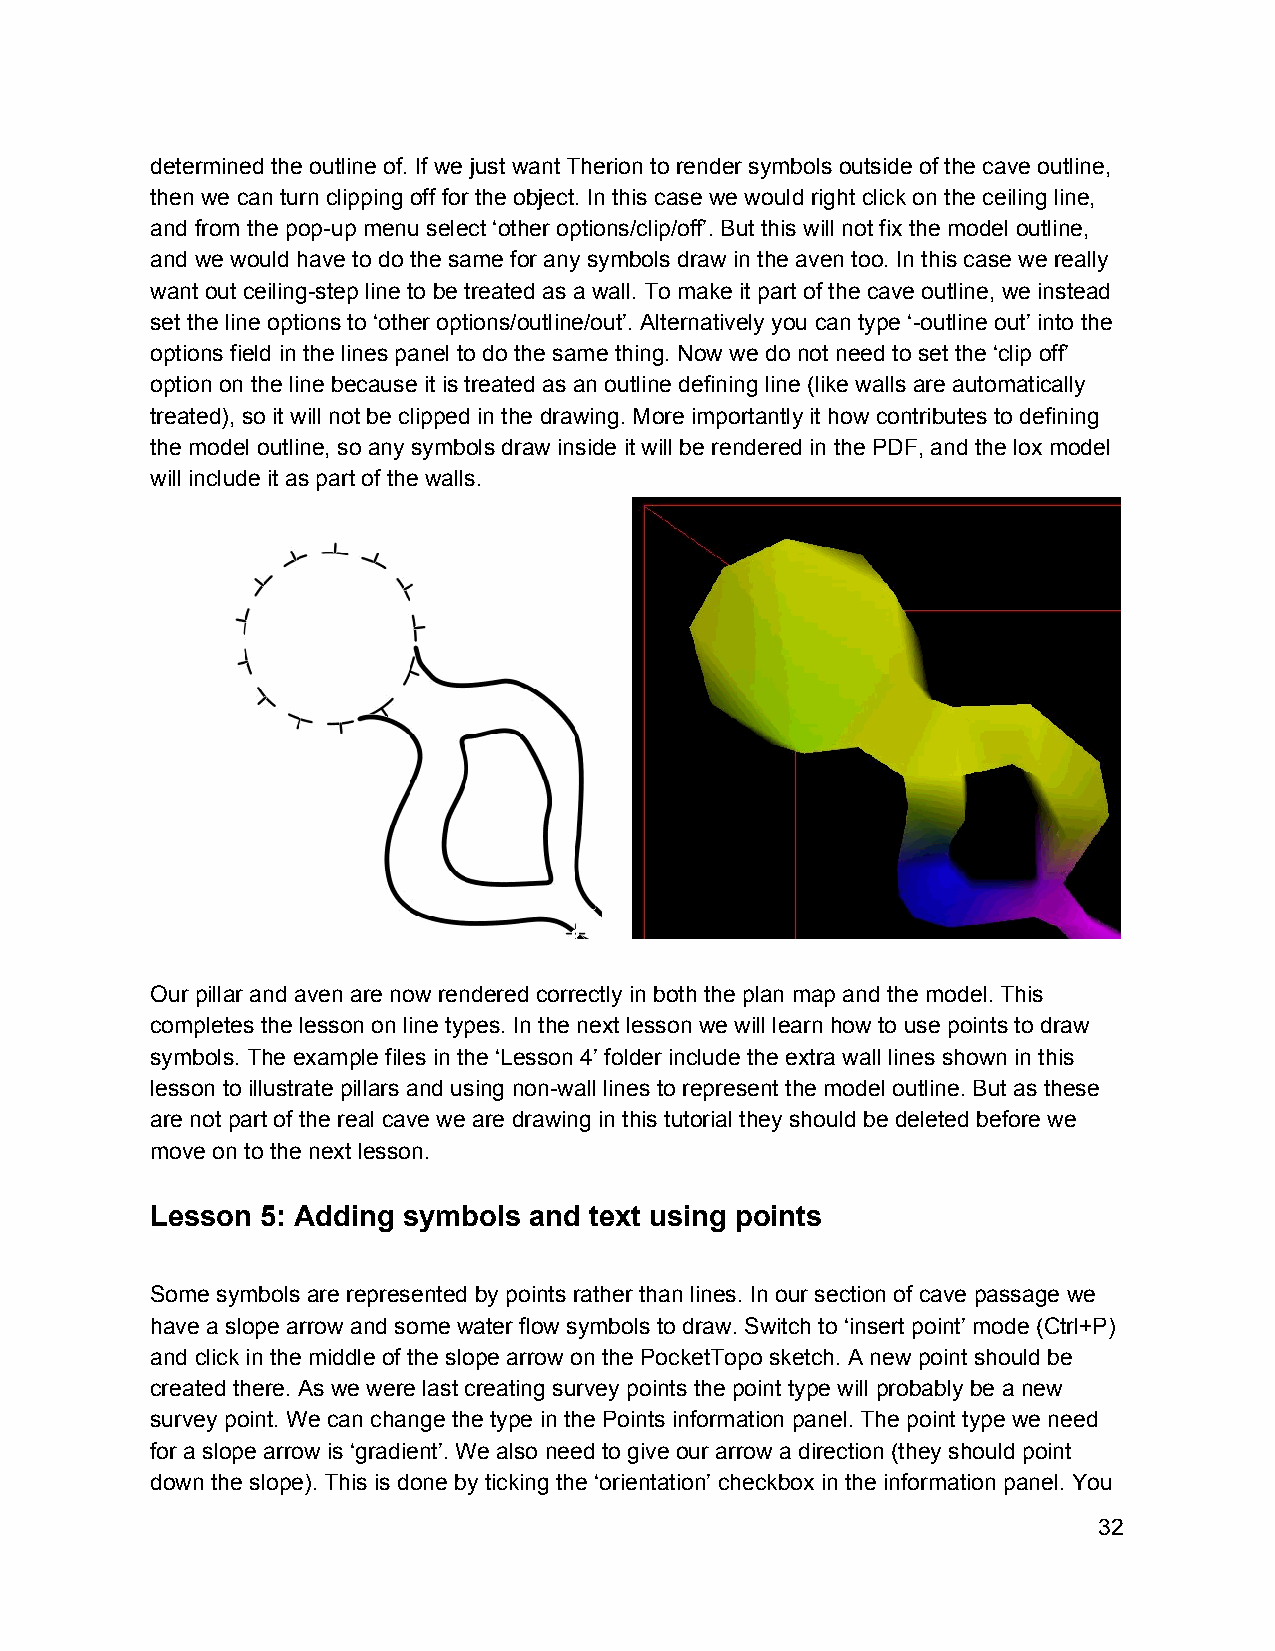
determined the outline of. If we just want Therion to render symbols outside of the cave outline,
 then we can turn clipping off for the object. In this case we would right click on the ceiling line,
 and from the pop­up menu select ‘other options/clip/off’. But this will not fix the model outline,
 and we would have to do the same for any symbols draw in the aven too. In this case we really
 want out ceiling­step line to be treated as a wall. To make it part of the cave outline, we instead
 set the line options to ‘other options/outline/out’. Alternatively you can type ‘­outline out’ into the
 options field in the lines panel to do the same thing. Now we do not need to set the ‘clip off’
 option on the line because it is treated as an outline defining line (like walls are automatically
 treated), so it will not be clipped in the drawing. More importantly it how contributes to defining
 the model outline, so any symbols draw inside it will be rendered in the PDF, and the lox model
 will include it as part of the walls.
 Our pillar and aven are now rendered correctly in both the plan map and the model. This
 completes the lesson on line types. In the next lesson we will learn how to use points to draw
 symbols. The example files in the ‘Lesson 4’ folder include the extra wall lines shown in this
 lesson to illustrate pillars and using non­wall lines to represent the model outline. But as these
 are not part of the real cave we are drawing in this tutorial they should be deleted before we
 move on to the next lesson.
 Lesson 5: Adding symbols and text using points
 Some symbols are represented by points rather than lines. In our section of cave passage we
 have a slope arrow and some water flow symbols to draw. Switch to ‘insert point’ mode (Ctrl+P)
 and click in the middle of the slope arrow on the PocketTopo sketch. A new point should be
 created there. As we were last creating survey points the point type will probably be a new
 survey point. We can change the type in the Points information panel. The point type we need
 for a slope arrow is ‘gradient’. We also need to give our arrow a direction (they should point
 down the slope). This is done by ticking the ‘orientation’ checkbox in the information panel. You
 32